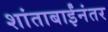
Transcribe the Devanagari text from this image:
शांताबाईंनंतर